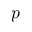
\boldsymbol { p }